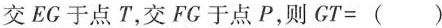
交EC于点T，交FG于点P，则GT=()